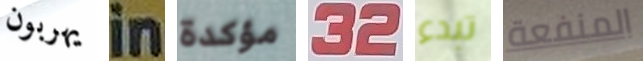
يهربون in مؤكدة 32 تبدء المنفعة